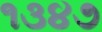
૧૩૪૭